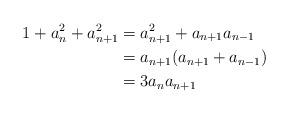
LaTeX: \begin{align*} 1+a_{n}^2+a_{n+1}^2 & = a_{n+1}^2+a_{n+1}a_{n-1} \\ & = a_{n+1}(a_{n+1}+a_{n-1}) \\ & = 3a_na_{n+1} \end{align*}